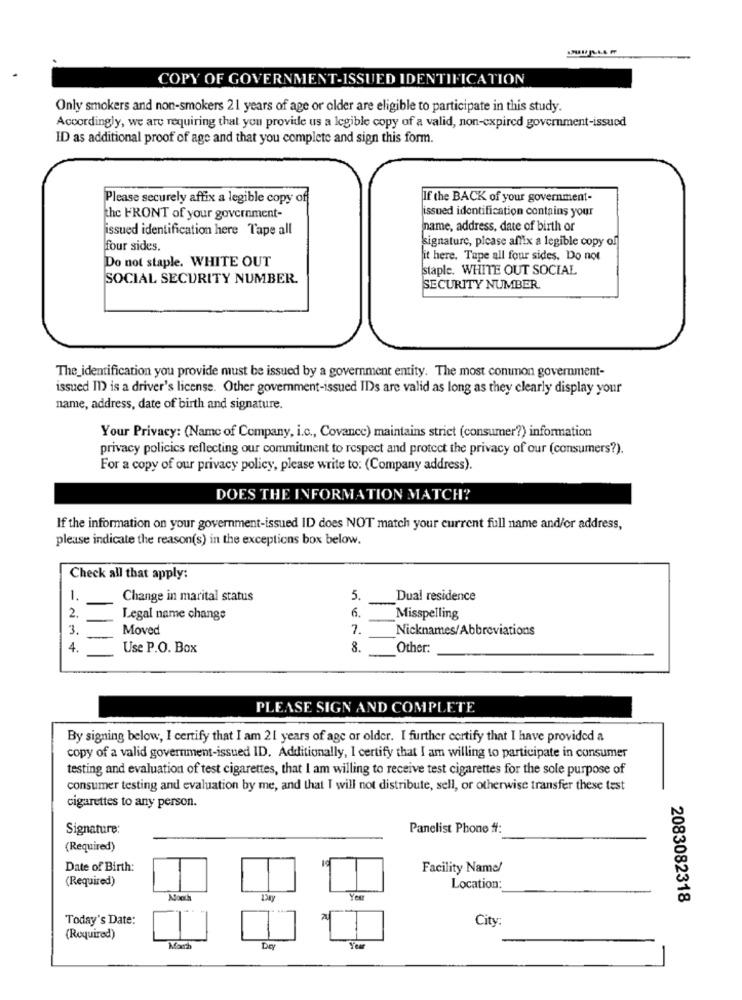
COPY OF GOVERNMENT-ISSUED IDENTIFICATION
Only smokers and non-smokers 21 years of age or older are eligible to participate in this study.
Accordingly, we are requiring that you provide us a legible copy of a valid, non-expired government-issued
ID as additional proof of age and that you complete and sign this form.
Please securely affix a legible copy off
If the BACK of your government-
issued identification contains your
the FRONT of your government-
issued identification here Tape all
name, address, date of birth or
signature, please affix a legible copy of
four sides.
Do not staple. WHITE OUT
it here. Tape all four sides. Do not
staple. WHITE OUT SOCIAL
SOCIAL SECURITY NUMBER.
SECURITY NUMBER
The_identification you provide must be issued by a government entity. The most common government-
issued 11) is a driver's license. Other government-issued IDs are valid as long as they clearly display your
name, address, date of birth and signature.
Your Privacy: (Name of Company, i.c ., Covance) maintains strict (consumer?) information
privacy policies reflecting our commitment to respect and protect the privacy of our (consumers?).
For a copy of our privacy policy, please write to: (Company address).
DOES THE INFORMATION MATCH?
If the information on your government-issued ID does NOT match your current full name and/or address,
please indicate the reason(s) in the exceptions box below.
Check all that apply:
1.
Change in marital status
5.
Dual residence
6.
2.
Legal name change
Misspelling
3.
Moved
7.
Nicknames/Abbreviations
4
Use P.O. Box
8.
Other:
PLEASE SIGN AND COMPLETE
By signing below, I certify that I am 21 years of age or older. I further certify that I have provided a
copy of a valid government-issued ID. Additionally, I certify that I am willing to participate in consumer
testing and evaluation of test cigarettes, that I am willing to receive test cigarettes for the sole purpose of
consumer testing and evaluation by me, and that I will not distribute, sell, or otherwise transfer these test
cigarettes to any person.
Signature:
Panelist Phone ff:
(Required)
Date of Birth:
Facility Name/
(Required)
Location:
Year
2083082318
Today's Date:
City
(Required)
Der
Your